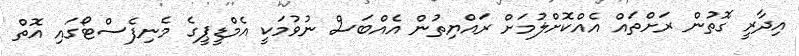
އިދާރީ ގޮތުން ރަށްތައް އެއްކޮށްލުމަށް ރައްޔިތުން އެއްބަސް ނުވުމަކީ އެމްޑީޕީގެ މެނިފެސްޓޯގައި އޮތް